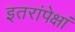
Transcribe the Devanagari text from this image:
इतरांपेक्षां